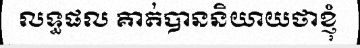
លទ្ធផល គាត់បាននិយាយថាខ្ញុំ